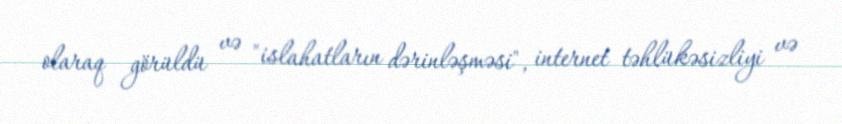
olaraq görüldü və "islahatların dərinləşməsi", internet təhlükəsizliyi və